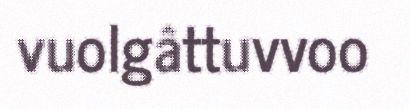
vuolgâttuvvoo